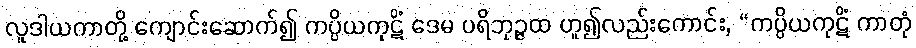
လူဒါယကာတို့ ကျောင်းဆောက်၍ ကပ္ပိယကုဋိံ ဒေမ ပရိဘုဉ္ဇထ ဟူ၍လည်းကောင်း, “ကပ္ပိယကုဋိံ ကာတုံ